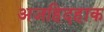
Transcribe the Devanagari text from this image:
अजहिदहाक